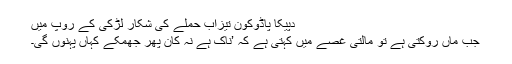
دپیکا پاڈوکون تیزاب حملے کی شکار لڑکی کے روپ میں
جب ماں روکتی ہے تو مالتی غصے میں کہتی ہے کہ ’ناک ہے نہ کان پھر جھمکے کہاں پہنوں گی۔